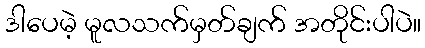
ဒါပေမဲ့ မူလသက်မှတ်ချက် အတိုင်းပါပဲ။